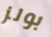
بولز